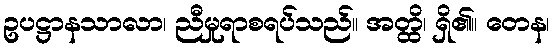
ဥပဋ္ဌာနသာလာ၊ ညီမှုရာစရပ်သည်။ အတ္ထိ၊ ရှိ၏။ တေန၊